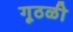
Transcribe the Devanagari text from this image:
गूठळी